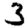
Digit: 3